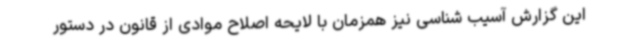
این گزارش آسیب شناسی نیز همزمان با لایحه اصلاح موادی از قانون در دستور